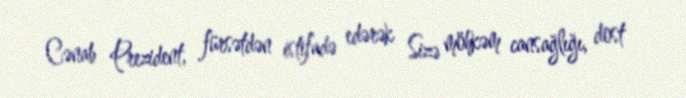
Cənab Prezident, fürsətdən istifadə edərək Sizə möhkəm cansağlığı, dost